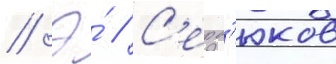
// Э́ // С'ерд'юков